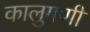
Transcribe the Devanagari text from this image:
कालुगणी